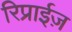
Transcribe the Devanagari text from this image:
रिप्राईज़